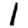
Digit: 1